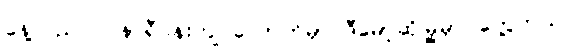
နေ့လည် ၁ နာရီဝန်းကျင်လောက်မှာ ဒီမော့ဆိုမြို့မှာပဲတွေ့တယ်။